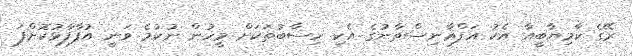
ރޭގެ ކާމިޔާބީއާ އެކު އަފްޣާނިސްތާނުގެ އެކި ހިސާބުތަކަށް މީހުން ނުކުމެ ވަނީ އުފާފާޅުކޮށްފަ